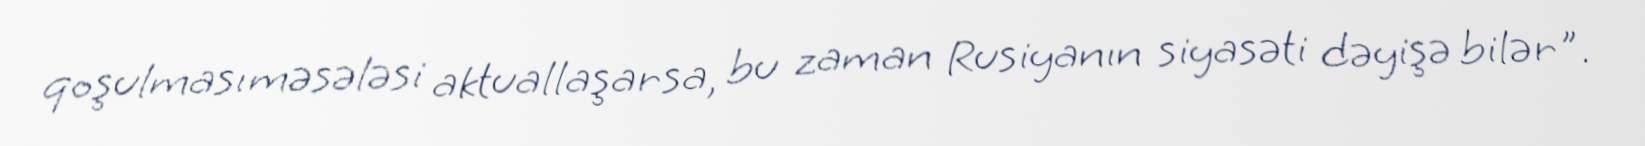
qoşulması məsələsi aktuallaşarsa, bu zaman Rusiyanın siyasəti dəyişə bilər".